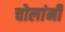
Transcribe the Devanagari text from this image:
चोलांनी